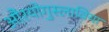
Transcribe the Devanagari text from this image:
औरयोगुस्लाविया